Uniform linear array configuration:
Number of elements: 24
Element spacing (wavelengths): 0.25
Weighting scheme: uniform
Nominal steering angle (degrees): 60
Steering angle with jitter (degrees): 59.221
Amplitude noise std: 0.05
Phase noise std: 0.05

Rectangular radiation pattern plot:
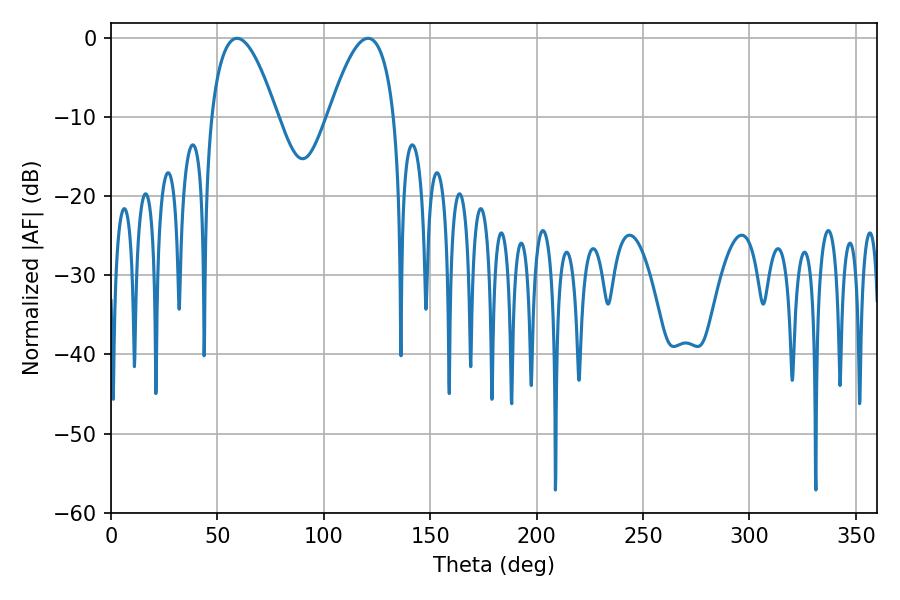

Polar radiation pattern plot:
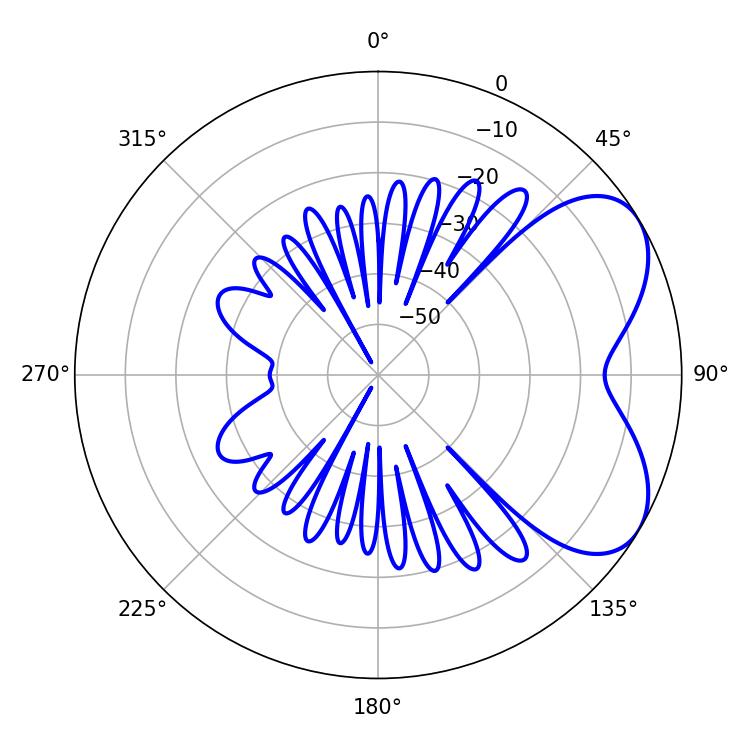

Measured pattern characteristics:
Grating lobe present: FALSE
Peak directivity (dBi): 5.473
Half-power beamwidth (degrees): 16.92
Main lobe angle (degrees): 59.22